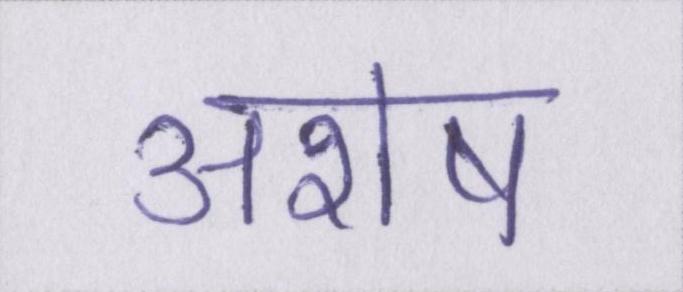
अशेष